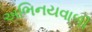
અભિનયવાળી